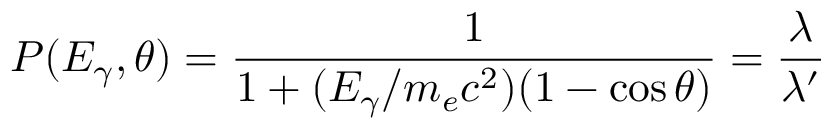
P ( E _ { \gamma } , \theta ) = { \frac { 1 } { 1 + ( E _ { \gamma } / m _ { e } c ^ { 2 } ) ( 1 - \cos \theta ) } } = { \frac { \lambda } { \lambda ^ { \prime } } }